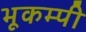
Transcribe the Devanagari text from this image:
भूकम्पी